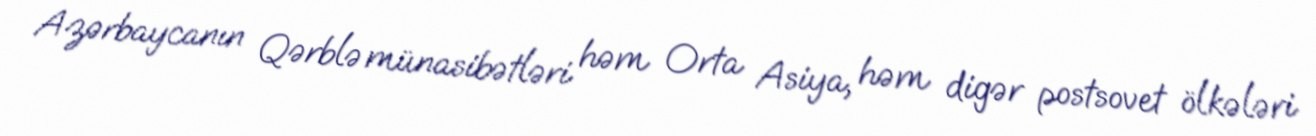
Azərbaycanın Qərblə münasibətləri həm Orta Asiya, həm digər postsovet ölkələri